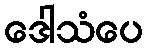
ဒေါသံပေ